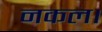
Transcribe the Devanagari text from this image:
नकल।